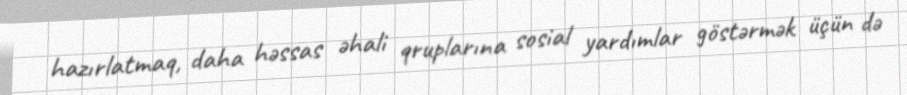
hazırlatmaq, daha həssas əhali qruplarına sosial yardımlar göstərmək üçün də